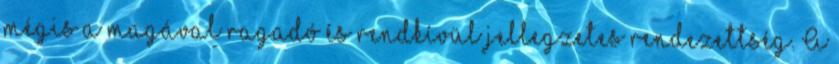
mégis a magával ragadó és rendkívül jellegzetes rendezettség. A